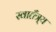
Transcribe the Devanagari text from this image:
स्वातँत्र्य